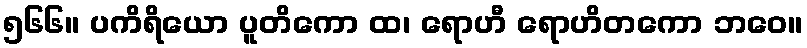
၅၆၆။ ပကိရိယော ပူတိကော ထ၊ ရောဟီ ရောဟိတကော ဘဝေ။